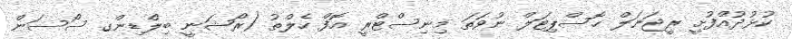
ކުޅުދުއްފުށީ ރީޖަނަލް ހޮސްޕިޓަލް ނުވަތަ މިނިސްޓްރީ އޮފް ހެލްތު (ރޯޝަނީ ބިލްޑިންގ ސޯސަން